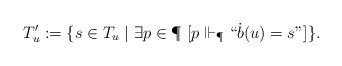
\begin{align*} T'_u := \{s \in T_u \mid \exists p \in \P ~ [p \Vdash_{\P} ``\dot{b}(u) = s"]\}. \end{align*}